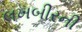
લખબીરની